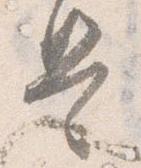
是